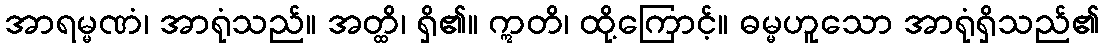
အာရမ္မဏံ၊ အာရုံသည်။ အတ္ထိ၊ ရှိ၏။ ဣတိ၊ ထို့ကြောင့်။ ဓမ္မဟူသော အာရုံရှိသည်၏